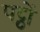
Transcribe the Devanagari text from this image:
पट्ठों